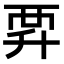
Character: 𧟨